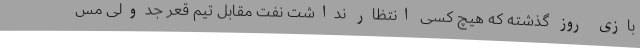
بازی روز گذشته که هیچ کسی انتظار نداشت نفت مقابل تیم قعر جدولی مس